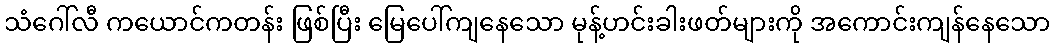
သံဂေါ်လီ ကယောင်ကတန်း ဖြစ်ပြီး မြေပေါ်ကျနေသော မုန့်ဟင်းခါးဖတ်များကို အကောင်းကျန်နေသော